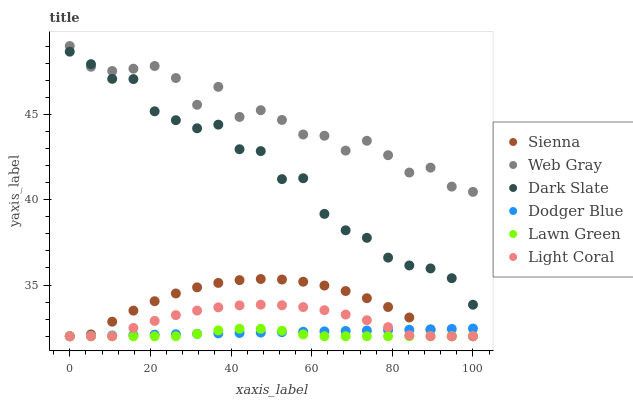
| xaxis_label | Sienna | Web Gray | Dark Slate | Dodger Blue | Lawn Green | Light Coral |
 | --- | --- | --- | --- | --- | --- | --- |
 | 0 | 32 | 49 | 48.7 | 32 | 32 | 32 |
 | 5.26 | 32.1 | 47.8 | 47.9 | 32 | 32 | 32 |
 | 10.5 | 32.9 | 47.5 | 47.1 | 32 | 32 | 32 |
 | 15.8 | 33.5 | 47.7 | 47.1 | 32.1 | 32 | 32.5 |
 | 21.1 | 34.1 | 47.8 | 45.2 | 32.1 | 32 | 32.9 |
 | 26.3 | 34.5 | 47.1 | 44.7 | 32.1 | 32 | 33.2 |
 | 31.6 | 34.9 | 45.6 | 44.2 | 32.1 | 32.1 | 33.5 |
 | 36.8 | 35.1 | 46.6 | 44.4 | 32.2 | 32.3 | 33.7 |
 | 42.1 | 35.3 | 44.8 | 43 | 32.2 | 32.4 | 33.8 |
 | 47.4 | 35.4 | 45.2 | 42.8 | 32.2 | 32.4 | 33.9 |
 | 52.6 | 35.3 | 44.7 | 41.2 | 32.2 | 32.3 | 33.8 |
 | 57.9 | 35.2 | 43.8 | 41.3 | 32.3 | 32.1 | 33.7 |
 | 63.2 | 35 | 43.7 | 39.2 | 32.3 | 32 | 33.5 |
 | 68.4 | 34.6 | 42.9 | 38.2 | 32.3 | 32 | 33.3 |
 | 73.7 | 34.2 | 43.5 | 37.8 | 32.3 | 32 | 32.9 |
 | 78.9 | 33.7 | 42.6 | 36.6 | 32.4 | 32 | 32.5 |
 | 84.2 | 33.1 | 41.6 | 36.1 | 32.4 | 32 | 32.1 |
 | 89.5 | 32.4 | 41.9 | 36 | 32.4 | 32 | 32 |
 | 94.7 | 32 | 40.8 | 35.4 | 32.4 | 32 | 32 |
 | 100 | 32 | 40.5 | 33.8 | 32.5 | 32 | 32 |